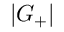
| G _ { + } |